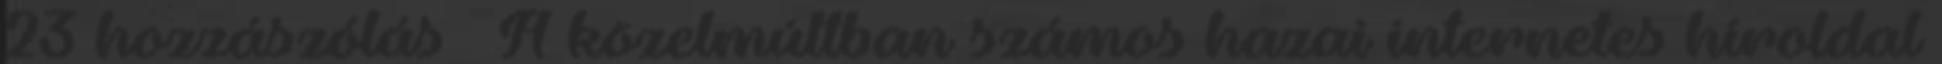
23 hozzászólás » A közelmúltban számos hazai internetes híroldal